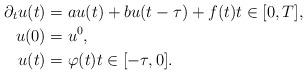
LaTeX: \begin{align*} \partial_{t} u(t) &= a u(t) + b u(t - \tau) + f(t) t \in [0, T], \\ u(0) &= u^{0}, \\ u(t) &= \varphi(t) t \in [-\tau, 0]. \end{align*}